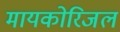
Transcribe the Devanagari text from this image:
मायकोरिजल